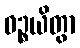
ဝဉ္စယိတွာ